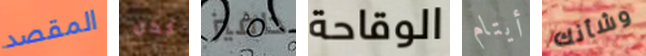
المقصد لكن دافيز الوقاحة أيتام وشأنك